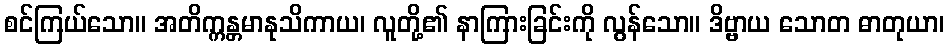
စင်ကြယ်သော။ အတိက္ကန္တမာနုသိကာယ၊ လူတို့၏ နာကြားခြင်းကို လွန်သော။ ဒိဗ္ဗာယ သောတ ဓာတုယာ၊